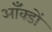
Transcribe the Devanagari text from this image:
आँक्डों